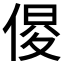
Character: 𠋍